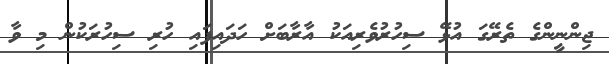
ޖިންނީންގެ ތެރޭގަ އުޅޭ ސިހުރުވެރިއަކު އާރާބަށް ހަދައިފައި ހުރި ސިހުރަކުން މި ވާ